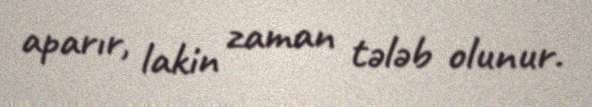
aparır, lakin zaman tələb olunur.